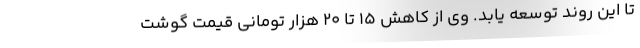
تا این روند توسعه یابد. وی از کاهش ۱۵ تا ۲۰ هزار تومانی قیمت گوشت